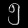
Digit: ၅